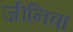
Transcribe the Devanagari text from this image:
जीनिवा